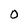
Character: 0